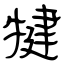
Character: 犍